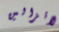
لاتزالين